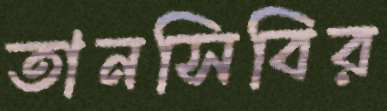
তানসিবির